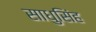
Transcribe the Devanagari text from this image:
साधुसिंह